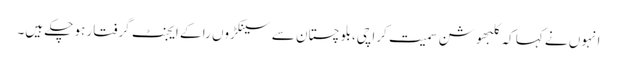
انہوں نے کہا کہ کلبھوشن سمیت کراچی،بلوچستان سے سینکڑوں را کے ایجنٹ گرفتار ہو چکے ہیں۔